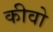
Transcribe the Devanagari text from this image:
कीवो